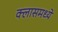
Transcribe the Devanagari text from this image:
क्लासमध्ये